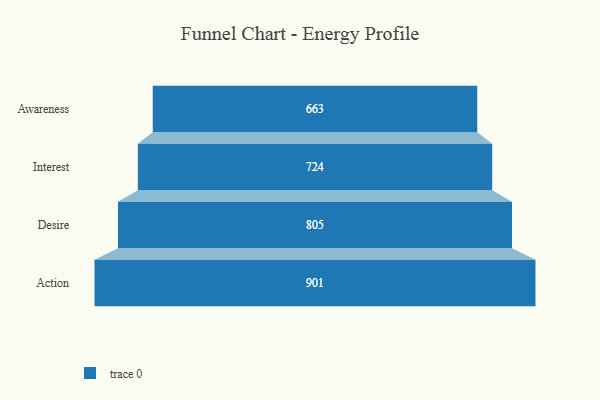
{"axis": {"x": "Stage", "y": "Value"}, "legend": [""], "data": [{"x": "Awareness", "y": 663.0, "type": ""}, {"x": "Interest", "y": 724.0, "type": ""}, {"x": "Desire", "y": 805.0, "type": ""}, {"x": "Action", "y": 901.0, "type": ""}]}